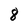
Character: 8